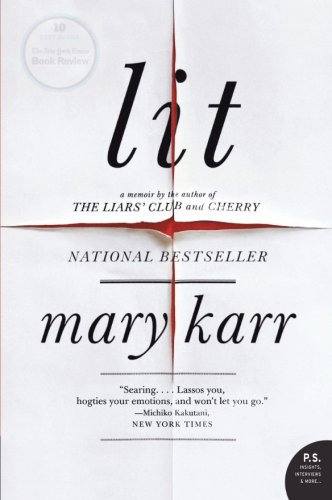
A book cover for Lit: A Memoir (P.S.); Mary Karr; Health, Fitness & Dieting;